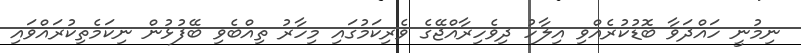
ނިމުނީ ހައްދަވާ ބޮޑުކުރެއްވި އިލާހު ދިވެހިރާއްޖޭގެ ވެރިކަމުގައި މިހާރު ތިއްބެވި ބޭފުޅުން ނިކަމެތިކުރައްވައި